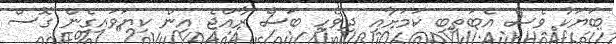
ބަޔަކު ވެސް އެބަތިބި ކަމަށާއި ދިވެހި ބަސް ރާއްޖެ އިން ކިޔަވައިގެން ގޮސް